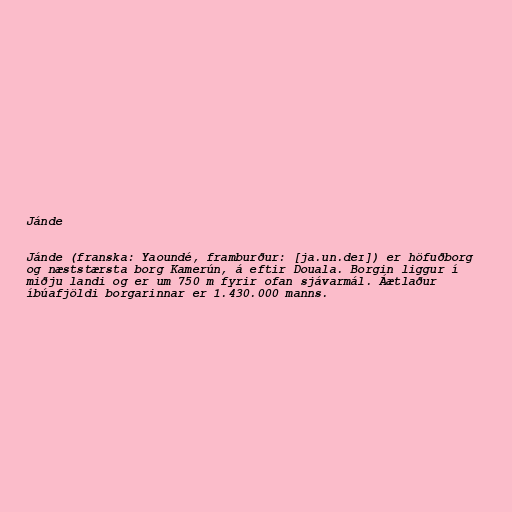
Jánde

Jánde (franska: Yaoundé, framburður: [ja.un.deɪ]) er höfuðborg
og næststærsta borg Kamerún, á eftir Douala. Borgin liggur í
miðju landi og er um 750 m fyrir ofan sjávarmál. Áætlaður
íbúafjöldi borgarinnar er 1.430.000 manns.